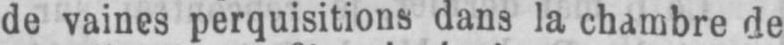
de vaines perquisitions dans la chambre de